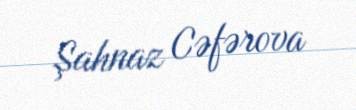
Şahnaz Cəfərova